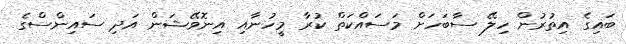
ބައިގެ އިތުރުން ހިލޭ ސާބަހަށް މަސައްކަތް ކުރާ މީހުނާއި އިނޮވޭޝަން އަދި ސައިންސްގެ